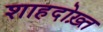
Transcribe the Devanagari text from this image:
शाहदोख़्त